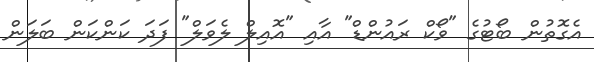
އެގޮތުން ބޯޓުގެ "ވޯކް ރައުންޑް" އާއި "އޮއިލް ލެވަލް" ފަދަ ކަންކަން ބަލަން